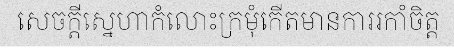
សេចក្តីស្នេហាកំលោះក្រមុំកើតមានការរកាំចិត្ត